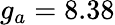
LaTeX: g_{a}=8.38